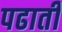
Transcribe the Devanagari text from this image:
पढाती